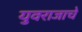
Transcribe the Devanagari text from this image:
युवराजाचे